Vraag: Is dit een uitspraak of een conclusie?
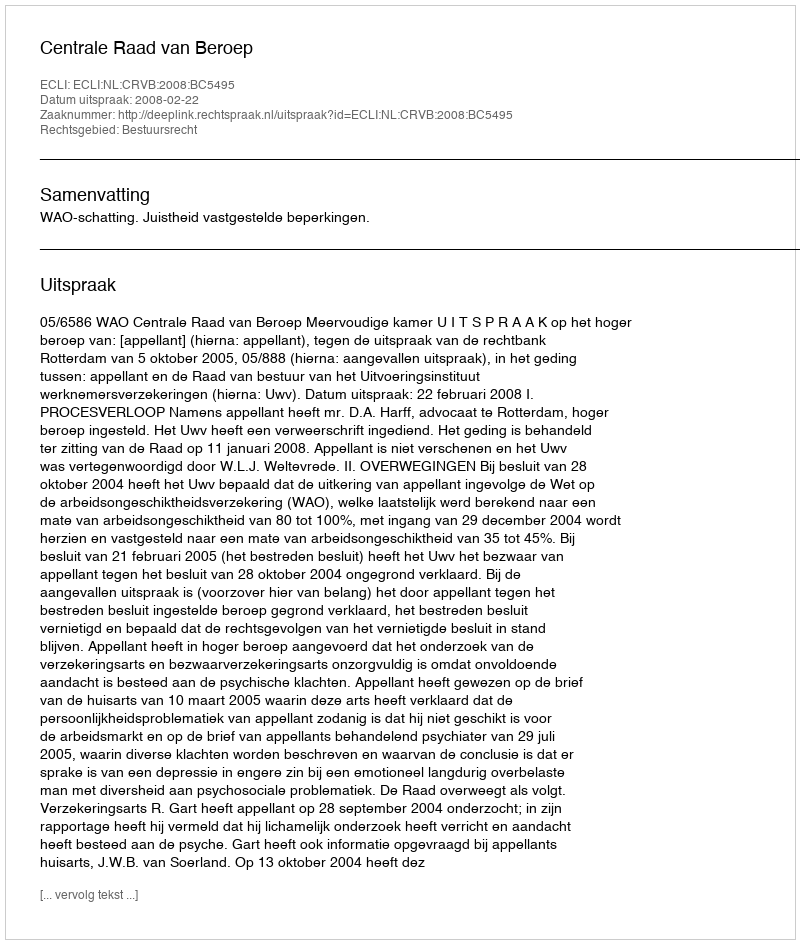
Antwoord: Uitspraak